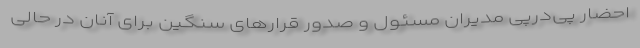
احضار پی‌درپی مدیران مسئول و صدور قرارهای سنگین برای آنان در حالی